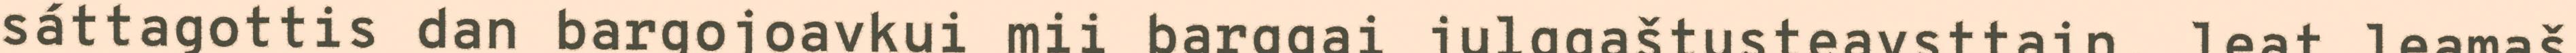
sáttagottis dan bargojoavkui mii barggai julggaštusteavsttain, leat leamaš